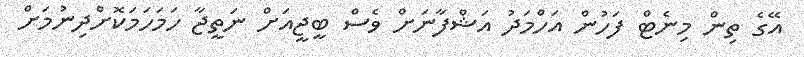
އޭގެ ތިން މިނެޓް ފަހުން އަހްމަދު އަޝްފާނަށް ވެސް ބީޖީއަށް ނަތީޖާ ހަމަހަމަކޮށްދިނުމަށް